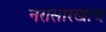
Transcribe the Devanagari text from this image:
नरासारखाच